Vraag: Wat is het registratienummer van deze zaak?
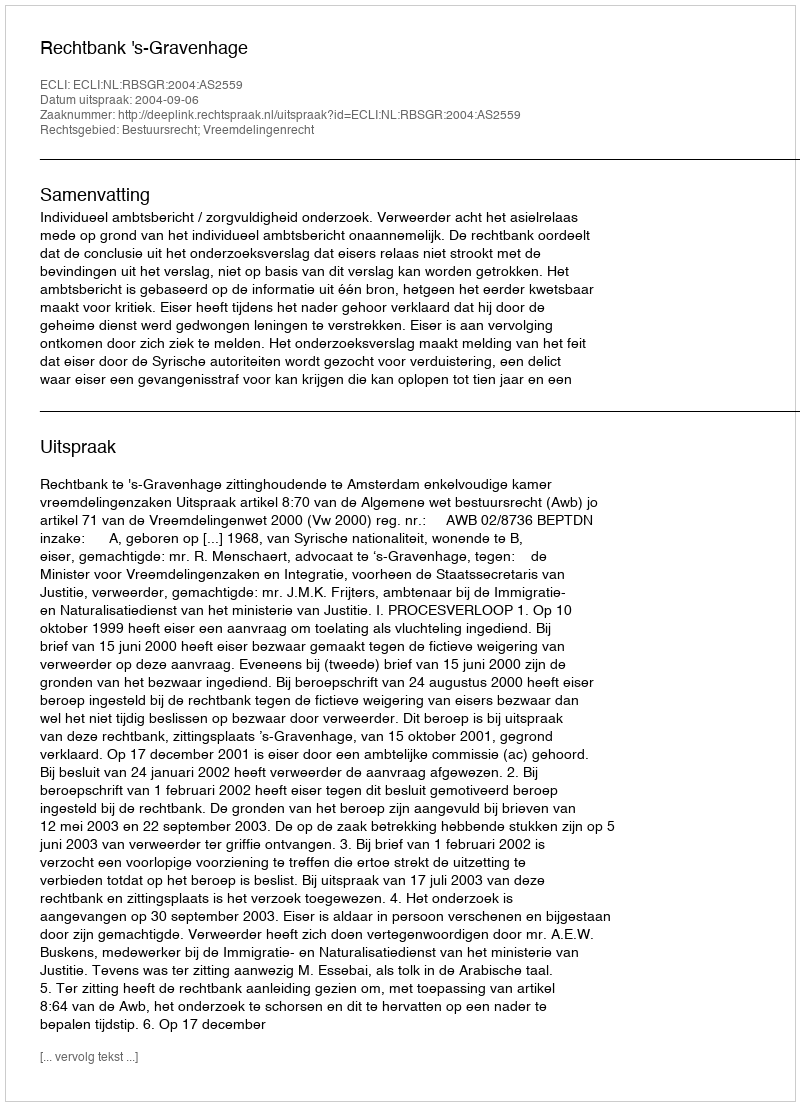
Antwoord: http://deeplink.rechtspraak.nl/uitspraak?id=ECLI:NL:RBSGR:2004:AS2559